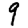
Digit: 9